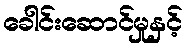
ခေါင်းဆောင်မှုနှင့်